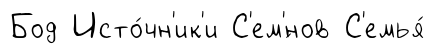
Бод Исто́чн'ик'и С'ем'́нов С'емья́